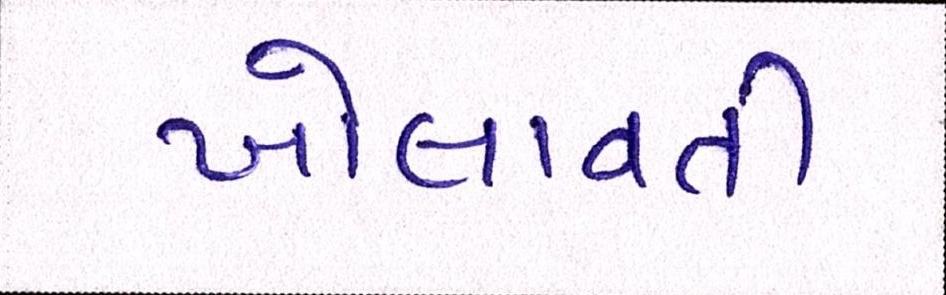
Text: ખોલાવતી